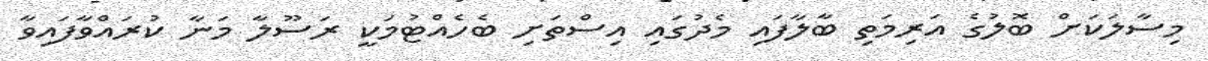
މިސާލަކަށް ބޮލުގެ އަރިމަތި ބާލާފައި މެދުގައި އިސްތަށި ބެހެއްޓުމަކީ ރަސޫލާ މަނާ ކުރައްވާފައިވާ